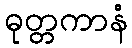
ဓုတ္တကာနံ